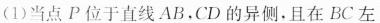
(1)当点P位于直线AB，CD的异侧，且在BC左